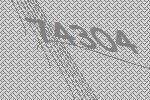
74304